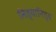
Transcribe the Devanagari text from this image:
नित्यानित्य